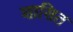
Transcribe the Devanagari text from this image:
शासित